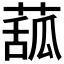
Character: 𦸈